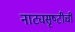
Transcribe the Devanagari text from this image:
नाट्यसृष्‍टीची